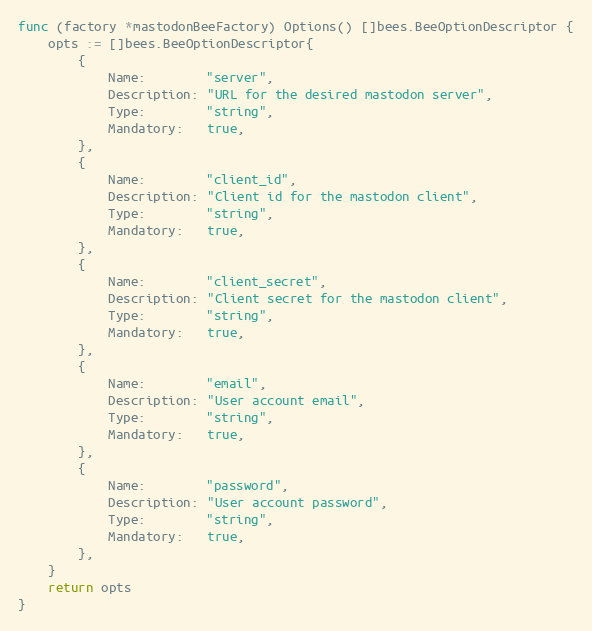
Language: Go
func (factory *mastodonBeeFactory) Options() []bees.BeeOptionDescriptor {
	opts := []bees.BeeOptionDescriptor{
		{
			Name:        "server",
			Description: "URL for the desired mastodon server",
			Type:        "string",
			Mandatory:   true,
		},
		{
			Name:        "client_id",
			Description: "Client id for the mastodon client",
			Type:        "string",
			Mandatory:   true,
		},
		{
			Name:        "client_secret",
			Description: "Client secret for the mastodon client",
			Type:        "string",
			Mandatory:   true,
		},
		{
			Name:        "email",
			Description: "User account email",
			Type:        "string",
			Mandatory:   true,
		},
		{
			Name:        "password",
			Description: "User account password",
			Type:        "string",
			Mandatory:   true,
		},
	}
	return opts
}